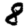
Digit: 8